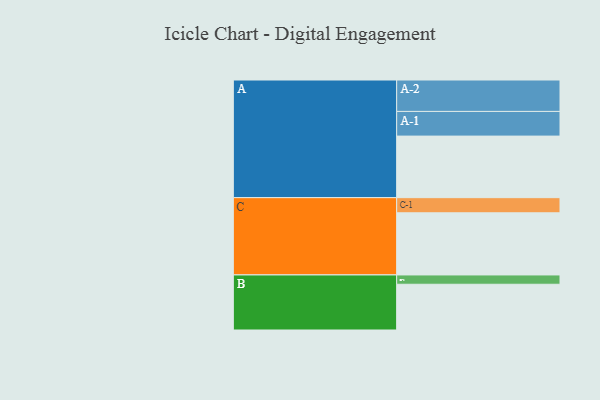
{"axis": {"x": "Segment", "y": "Value"}, "legend": ["", "A", "B", "C"], "data": [{"x": "A", "y": 529, "type": ""}, {"x": "B", "y": 393, "type": ""}, {"x": "C", "y": 534, "type": ""}, {"x": "A-1", "y": 212, "type": "A"}, {"x": "A-2", "y": 270, "type": "A"}, {"x": "B-1", "y": 80, "type": "B"}, {"x": "C-1", "y": 130, "type": "C"}]}